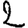
Digit: 2